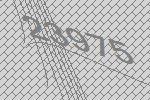
23975